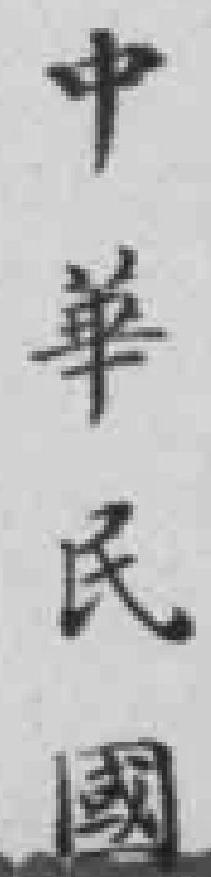
中華民國